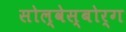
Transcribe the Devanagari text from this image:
सोल्वेस्बोर्ग